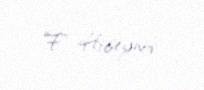
F. Hüseynov